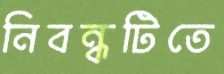
নিবন্ধটিতে